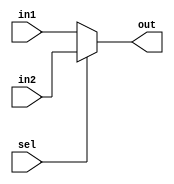
`timescale 1ns / 1ps
//////////////////////////////////////////////////////////////////////////////////


module mux (
    input [31:0] in1,
    input [31:0] in2,
    input  sel,
    output reg [31:0] out
);

    always @ (*) begin
        if (sel == 1'b0) begin
            out = in1;
        end else begin
            out = in2;
        end
    end
    
endmodule